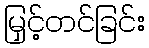
မြှင့်တင်ခြင်း